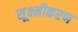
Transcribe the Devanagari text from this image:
सूक्ष्मीकरण